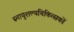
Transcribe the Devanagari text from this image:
स्नायुशल्यचिकित्सकों